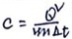
c = \frac { Q ^ { 2 } } { v m _ { \Delta } t }